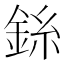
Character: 銯